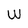
Character: W